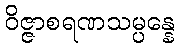
ဝိဇ္ဇာစရဏသမ္ပန္နေ